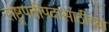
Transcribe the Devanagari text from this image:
राष्ट्रपतीपदासाठीच्या